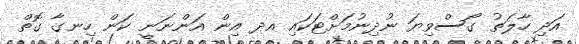
އަދި ހާލަތު ގޯސްވިޔަ ނުދިނުމަށްޓަކައި އދ އިން އަންނަނީ ކަން ހިނގާ ގޮތް